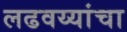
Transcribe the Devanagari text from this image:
लढवय्यांचा